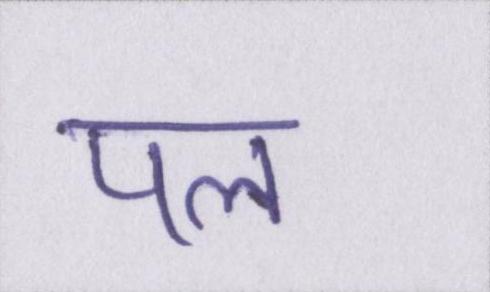
पल